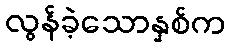
လွန်ခဲ့သောနှစ်က